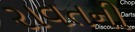
રાવતની